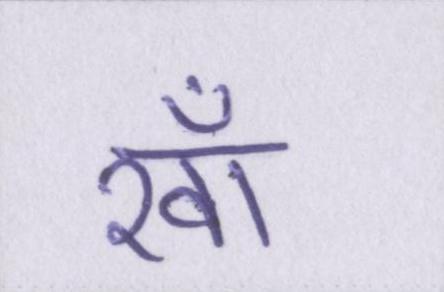
खाँ